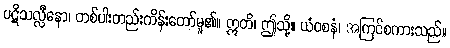
ပဋိသလ္လီနော၊ တစ်ပါးတည်းကိန်းတော်မူ၏။ ဣတိ၊ ဤသို့။ ယံဝစနံ၊ အကြင်စကားသည်။